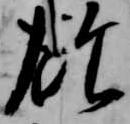
欲